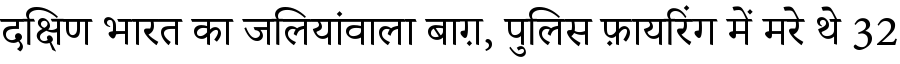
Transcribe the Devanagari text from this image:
दक्षिण भारत का जलियांवाला बाग़, पुलिस फ़ायरिंग में मरे थे 32